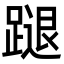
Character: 蹆